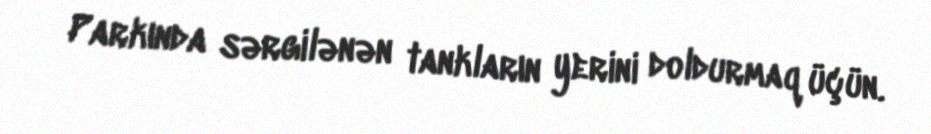
Parkında sərgilənən tankların yerini doldurmaq üçün.